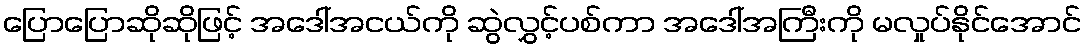
ပြောပြောဆိုဆိုဖြင့် အဒေါ်အငယ်ကို ဆွဲလွှင့်ပစ်ကာ အဒေါ်အကြီးကို မလှုပ်နိုင်အောင်